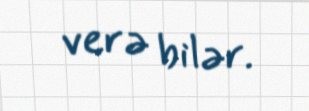
verə bilər.